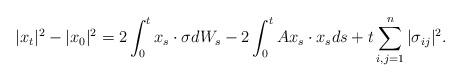
LaTeX: \begin{align*} |x_t|^2- |x_0|^2 = 2\int_0^t x_s \cdot \sigma dW_s - 2\int_0^t Ax_s \cdot x_s ds + t \sum_{i,j=1}^n |\sigma_{ij}|^2 .\end{align*}